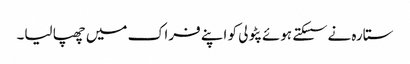
ستارہ نے سسکتے ہوئے پٹولی کو اپنے فراک میں چھپا لیا۔